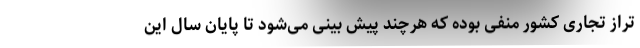
تراز تجاری کشور منفی بوده که هرچند پیش‌ بینی می‌شود تا پایان سال این